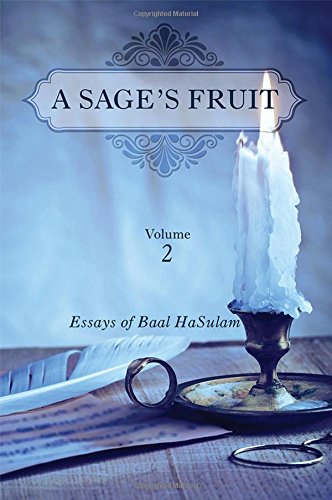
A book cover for A Sage's Fruit (Volume 2); Rav Yehuda Ashlag; Religion & Spirituality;